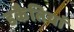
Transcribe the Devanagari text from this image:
डकैतियां